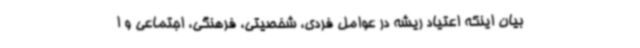
بیان اینکه اعتیاد ریشه در عوامل فردی، شخصیتی، فرهنگی، اجتماعی و ا